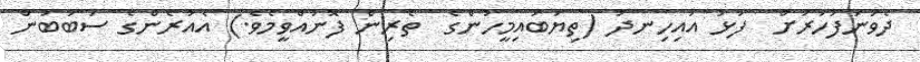
ދެވަނަފަހަރަށް  ފުޅު އައިހިނދު (ތިޔަބައިމީހުންގެ  ތެރިން ފޮނުއްވީމެވެ.) އެއުރެންގެ ސަބަބުން